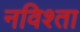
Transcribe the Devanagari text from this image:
नविश्ता